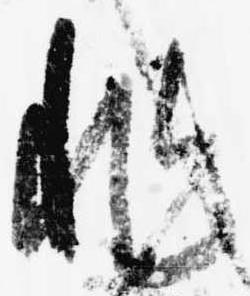
非